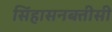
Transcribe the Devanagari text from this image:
सिंहासनबत्तीसी